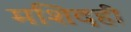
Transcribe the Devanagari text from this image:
मशिदही